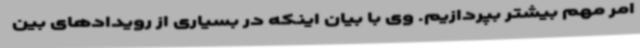
امر مهم بیشتر بپردازیم. وی با بیان اینکه در بسیاری از رویدادهای بین